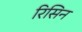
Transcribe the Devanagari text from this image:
रिसिन